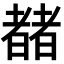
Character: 𬚍